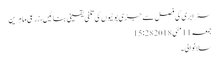
سٹرابری کی فصل سے جڑی بوٹیوں کی تلفی یقینی بنائیں،زرعی ماہرین
جمعہ 11 مئی 2018 15:28
سلانوالی۔